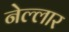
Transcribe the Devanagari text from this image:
नेल्‍लार